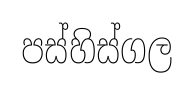
පස්හිස්ගල